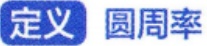
定义 圆周率